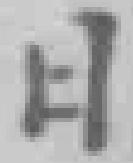
日